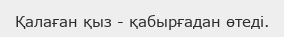
Қалаған қыз - қабырғадан өтеді.